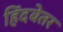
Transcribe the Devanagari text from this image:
हिंदवेतर